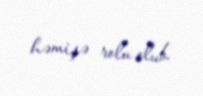
həmişə rolu olub.